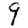
Digit: 9